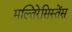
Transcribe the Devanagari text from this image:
मल्तिरेसिस्तेंस